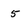
Character: 5